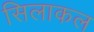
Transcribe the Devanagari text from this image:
सिलाकल